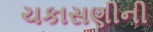
ચકાસણીની